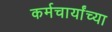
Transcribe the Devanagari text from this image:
कर्मचार्यांच्या